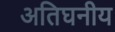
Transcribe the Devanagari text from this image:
अतिघनीय